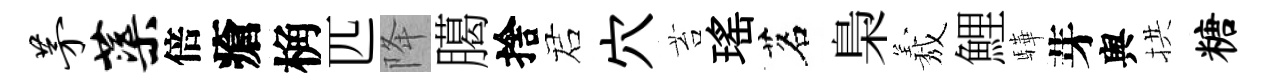
茅蕖倍瘡桷匹降臈捨诺穴苔瑤茗梟𦏁鯉驊芽舆拱糖